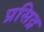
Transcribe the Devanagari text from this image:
प्रसिद्र